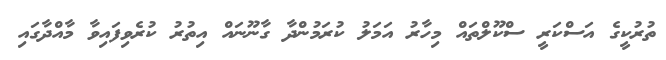
ތުރުކީގެ އަސްކަރީ ސްކޫލްތަައް މިހާރު އަމަލު ކުރަމުންދާ ގާނޫނައް އިތުރު ކުރެވިފައިވާ މާއްދާގައި